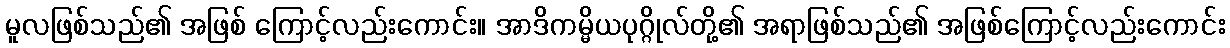
မူလဖြစ်သည်၏ အဖြစ် ကြောင့်လည်းကောင်း။ အာဒိကမ္မိယပုဂ္ဂိုလ်တို့၏ အရာဖြစ်သည်၏ အဖြစ်ကြောင့်လည်းကောင်း